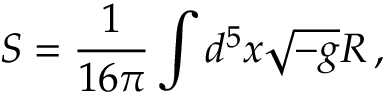
S = \frac { 1 } { 1 6 \pi } \int d ^ { 5 } x \sqrt { - g } R \, ,